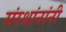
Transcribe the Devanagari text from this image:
संस्थांनांनी